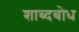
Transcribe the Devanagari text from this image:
शाब्दबोध